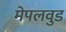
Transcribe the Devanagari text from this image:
मेपलवुड